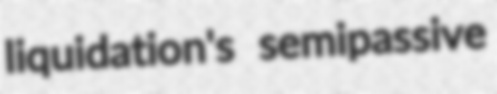
liquidation's semipassive